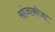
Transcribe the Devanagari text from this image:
सांजाकोजा